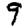
Digit: 9